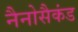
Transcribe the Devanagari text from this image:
नैनोसैकंड